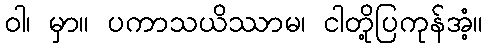
ဝါ၊ မှာ။ ပကာသယိဿာမ၊ ငါတို့ပြကုန်အံ့။